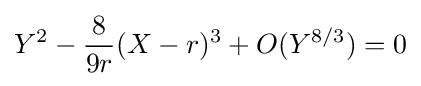
Y^{2}-{\frac {8}{9r}}(X-r)^{3}+O(Y^{8/3})=0